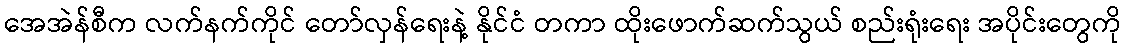
အေအဲန်စီက လက်နက်ကိုင် တော်လှန်ရေးနဲ့ နိုင်ငံ တကာ ထိုးဖောက်ဆက်သွယ် စည်းရုံးရေး အပိုင်းတွေကို